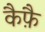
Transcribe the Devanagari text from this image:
कैफ़ै